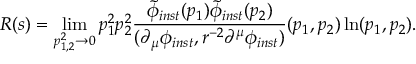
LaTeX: R ( s ) = \operatorname * { l i m } _ { p _ { 1 , 2 } ^ { 2 } \rightarrow 0 } p _ { 1 } ^ { 2 } p _ { 2 } ^ { 2 } \frac { \tilde { \phi } _ { i n s t } ( p _ { 1 } ) \tilde { \phi } _ { i n s t } ( p _ { 2 } ) } { ( \partial _ { \mu } \phi _ { i n s t } , r ^ { - 2 } \partial ^ { \mu } \phi _ { i n s t } ) } ( p _ { 1 } , p _ { 2 } ) \ln ( p _ { 1 } , p _ { 2 } ) .